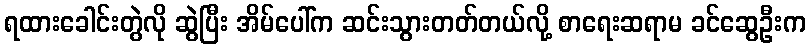
ရထားခေါင်းတွဲလို ဆွဲပြီး အိမ်ပေါ်က ဆင်းသွားတတ်တယ်လို့ စာရေးဆရာမ ခင်ဆွေဦးက